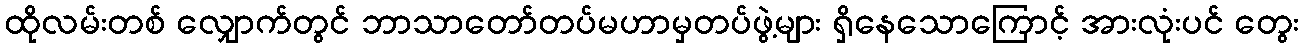
ထိုလမ်းတစ် လျှောက်တွင် ဘာသာတော်တပ်မဟာမှတပ်ဖွဲ့များ ရှိနေသောကြောင့် အားလုံးပင် တွေး